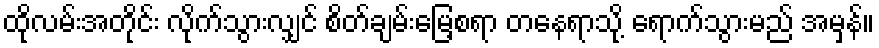
ထိုလမ်းအတိုင်း လိုက်သွားလျှင် စိတ်ချမ်းမြေ့စရာ တနေရာသို့ ရောက်သွားမည် အမှန်။